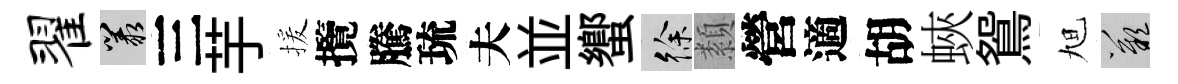
翟叢三芋援攬騰琉夫並蠁徐纇營適胡蛺鴛旭嘆